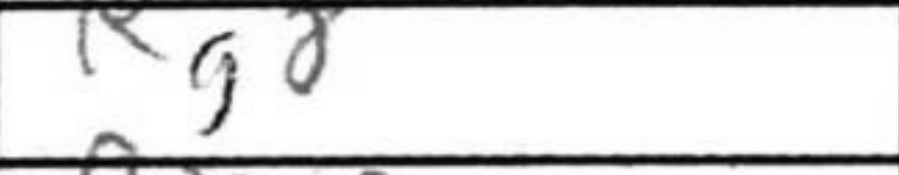
Transcription: Rg8